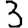
Digit: 3